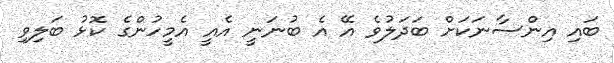
ބައި އިންސާނަކަށް ބަދަލުވެ އޭ އެ ބުނަނީ އެއީ އެމީހުންގެ ކޮޅު ބަލިވި